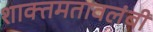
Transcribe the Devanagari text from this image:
शाक्तमतावलंबी